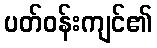
ပတ်ဝန်းကျင်၏